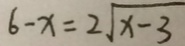
6 - x = 2 \sqrt { x - 3 }